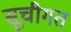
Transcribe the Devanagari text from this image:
सूचीगत